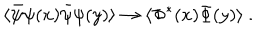
\langle \bar { \psi } \psi ( x ) \bar { \psi } \psi ( y ) \rangle \to \langle \Phi ^ { * } ( x ) \Phi ( y ) \rangle \ .